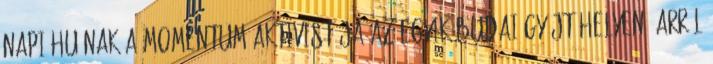
Napi.hu-nak a Momentum aktivistája az egyik budai gyűjtőhelyen. Arról